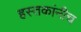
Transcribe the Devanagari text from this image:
हस्तकांनीच